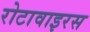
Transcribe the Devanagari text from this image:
रोटावाइरस